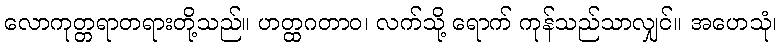
လောကုတ္တရာတရားတို့သည်။ ဟတ္ထဂတာဝ၊ လက်သို့ ရောက် ကုန်သည်သာလျှင်။ အဟေသုံ၊